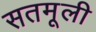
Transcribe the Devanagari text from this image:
सतमूली